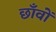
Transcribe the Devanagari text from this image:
छाँवों